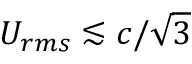
U _ { r m s } \lesssim c / \sqrt { 3 }